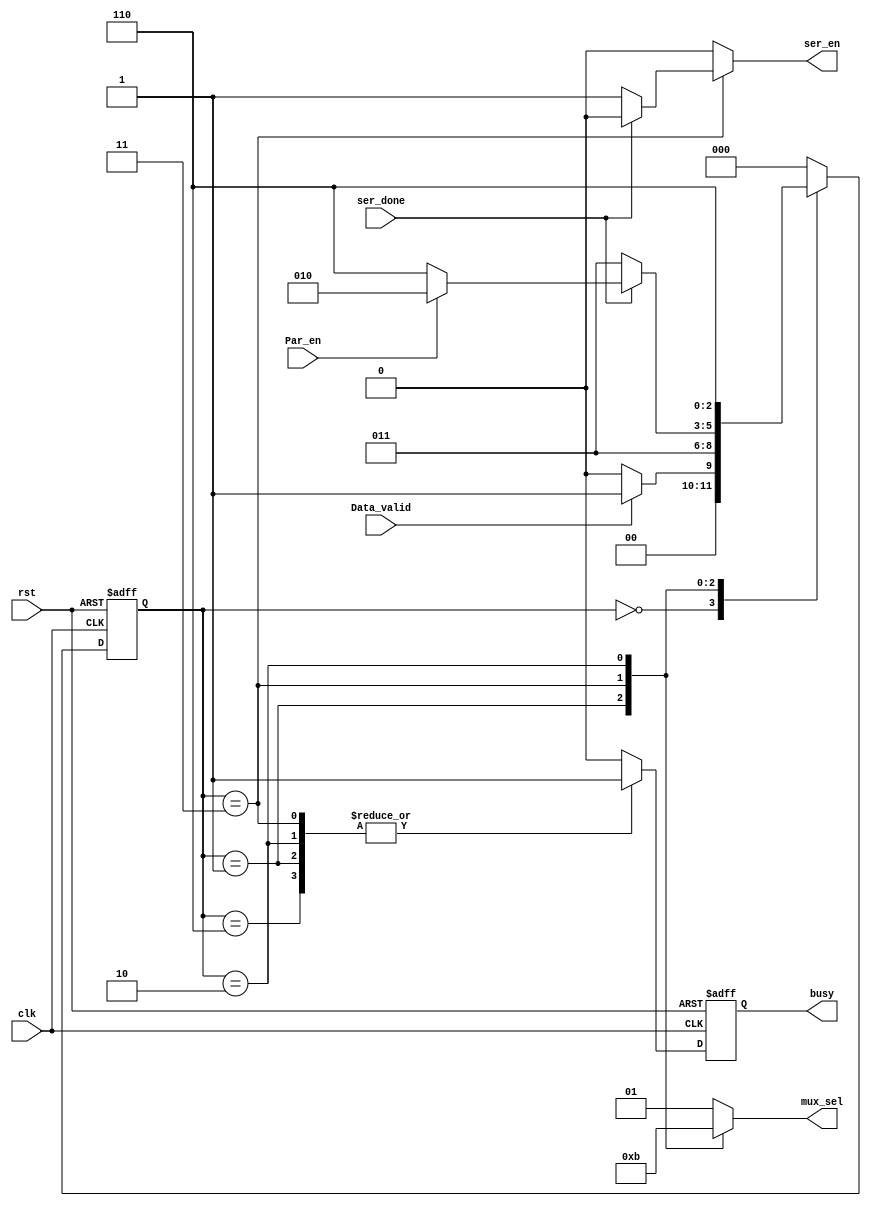
module FSM_TX(

input	wire		clk,
input	wire		rst,
input	wire		Data_valid,
input	wire		Par_en,
input	wire		ser_done,
output	reg	[1:0]	mux_sel,
output	reg		ser_en,
output	reg		busy

);

localparam [2:0] IDLE_state    =3'b000;
localparam [2:0] start_state   =3'b001;
localparam [2:0] ser_data_state=3'b011;
localparam [2:0] Par_bit_state =3'b010;
localparam [2:0] stop_state    =3'b110;
 
reg		busy_out;
reg	[2:0]	current_state;
reg	[2:0]	next_state;




always@(posedge clk or negedge rst)
begin
	if(!rst)
	begin
	current_state <= IDLE_state;
	end

	else
	begin
	current_state <= next_state;
	end

end

always @(*)
begin
	case(current_state)
IDLE_state:
	begin
	if(!Data_valid)
	begin
	next_state = IDLE_state;
	end
	else
	begin
	next_state = start_state;
	end
	end

start_state:
	begin
	next_state = ser_data_state;
	end
ser_data_state:
	begin
	if(!ser_done)
	begin
	next_state = ser_data_state;
	end
	
	else
	begin
	if(Par_en)
	begin
	next_state = Par_bit_state ;
	end

	else
	begin
	next_state = stop_state ;
	end

	end
	end

Par_bit_state:
	begin
	next_state = stop_state ;
	end
stop_state:
	begin

	next_state = IDLE_state;

	end
default:
	begin
	next_state = IDLE_state ;
	end

	endcase
end


always@(*)
begin
	case(current_state)
IDLE_state:
	begin
	busy_out = 1'b0;
	mux_sel = 2'b01;
	ser_en = 1'b0;
	end
start_state:
	begin
	busy_out = 1'b1;
	mux_sel = 2'b00;
	ser_en = 1'b0;
	end

ser_data_state:
	begin
	if(ser_done)
	begin
	ser_en = 1'b0;
	end
	else
	begin
	ser_en = 1'b1;
	end
	busy_out = 1'b1;
	mux_sel = 2'b10;	
	end
Par_bit_state:
	begin
	busy_out =1'b1;
	mux_sel = 2'b11;
	ser_en = 1'b0;
	end
stop_state:
	begin
	busy_out =1'b1;
	mux_sel = 2'b01;
	ser_en = 1'b0;
	end
default 
	begin
	busy_out =1'b0;
	mux_sel = 2'b01;
	ser_en = 1'b0;
	end
	endcase

end

always@(posedge clk or negedge rst)
begin
if(!rst)
begin
busy <= 1'b0;
end

else
begin
busy <= busy_out ;
end
end



endmodule